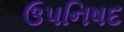
ઉપનિષદ